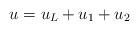
LaTeX: \begin{align*}u=u_{L}+u_{1}+u_{2}\end{align*}